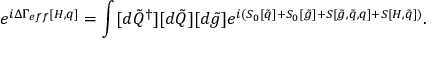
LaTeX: e ^ { i \Delta \Gamma _ { e f f } [ H , q ] } = \int [ d \tilde { Q } ^ { \dagger } ] [ d \tilde { Q } ] [ d \tilde { g } ] e ^ { i ( S _ { 0 } [ \tilde { q } ] + S _ { 0 } [ \tilde { g } ] + S [ \tilde { g } , \tilde { q } , q ] + S [ H , \tilde { q } ] ) } .